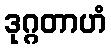
ဒုဂ္ဂတာဟံ